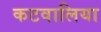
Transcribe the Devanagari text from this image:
कटवालिया